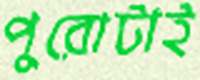
পুরোটাই